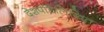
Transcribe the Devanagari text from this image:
देशपांडेलिखित